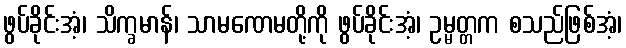
ဖွပ်ခိုင်းအံ့၊ သိက္ခမာန်၊ သာမဏေမတို့ကို ဖွပ်ခိုင်းအံ့၊ ဥမ္မတ္တက စသည်ဖြစ်အံ့၊